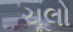
ચૂલો